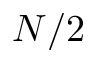
N / 2